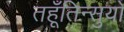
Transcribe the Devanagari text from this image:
तहूँतिन्सुयो